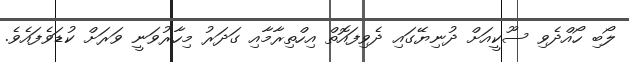
ލޯބި ހޯއްދެވި ސޫކީއަށް ދުނިޔޭގައި ދެވިފައޮތް އިހްތިރާމާއި ގަދަރު މިހާރުވަނީ ވަރަށް ކުޑަވެފައެވެ.